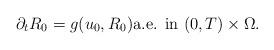
LaTeX: \begin{align*}\partial_t R_0 = g(u_0,R_0) \mbox{a.e. in } (0,T)\times \Omega.\end{align*}